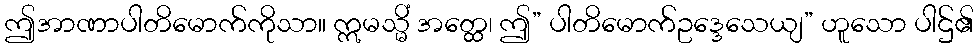
ဤအာဏာပါတိမောက်ကိုသာ။ ဣမသ္မိံ အတ္ထေ၊ ဤ” ပါတိမောက်ဥဒ္ဒေသေယျ” ဟူသော ပါဌ်၏